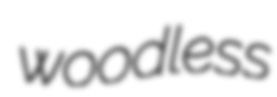
woodless